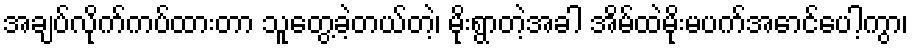
အချပ်လိုက်ကပ်ထားတာ သူတွေ့ခဲ့တယ်တဲ့၊ မိုးရွာတဲ့အခါ အိမ်ထဲမိုးမပက်အောင်ပေါ့ကွာ၊